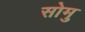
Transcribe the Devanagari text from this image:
सोमु